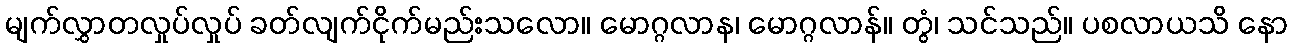
မျက်လွှာတလှုပ်လှုပ် ခတ်လျက်ငိုက်မည်းသလော။ မောဂ္ဂလာန၊ မောဂ္ဂလာန်။ တွံ၊ သင်သည်။ ပစလာယသိ နော